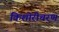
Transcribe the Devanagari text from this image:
किशोरीचरण